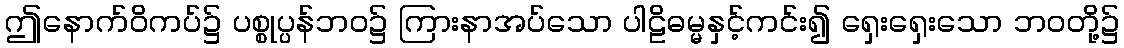
ဤနောက်ဝိကပ်၌ ပစ္စုပ္ပန်ဘဝ၌ ကြားနာအပ်သော ပါဠိဓမ္မနှင့်ကင်း၍ ရှေးရှေးသော ဘဝတို့၌